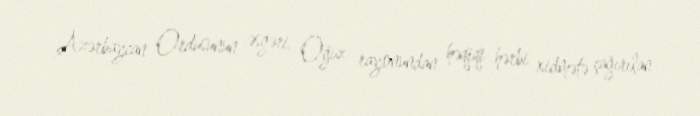
Azərbaycan Ordusunun əsgəri, Oğuz rayonundan həqiqi hərbi xidmətə çağırılan